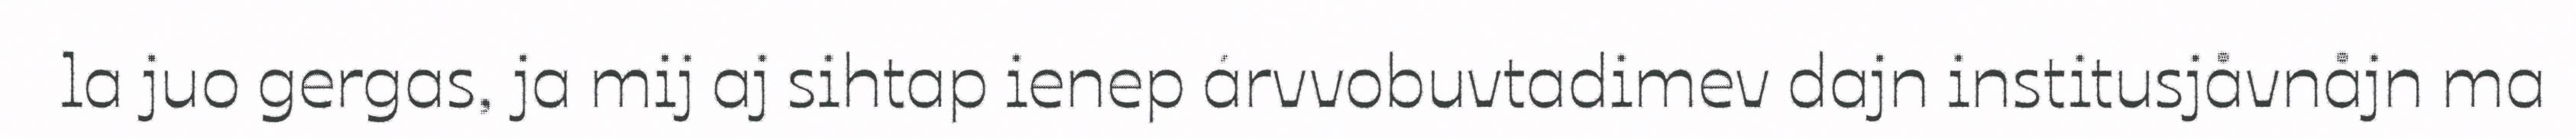
la juo gergas, ja mij aj sihtap ienep árvvobuvtadimev dajn institusjåvnåjn ma